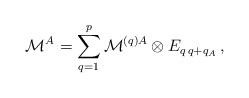
\begin{align*}{\cal M}^A=\sum_{q=1}^p{\cal M}^{(q)A}\otimes E_{q\,q+q_A}\,,\end{align*}